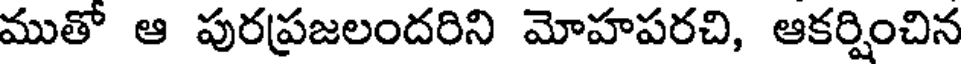
ముతో ఆ పురప్రజలందరిని మోహపరచి, ఆకర్షించిన